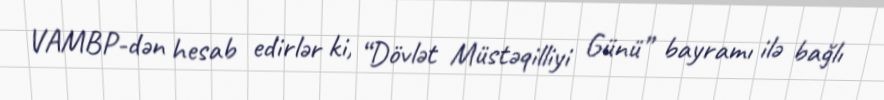
VAMBP-dən hesab edirlər ki, “Dövlət Müstəqilliyi Günü” bayramı ilə bağlı